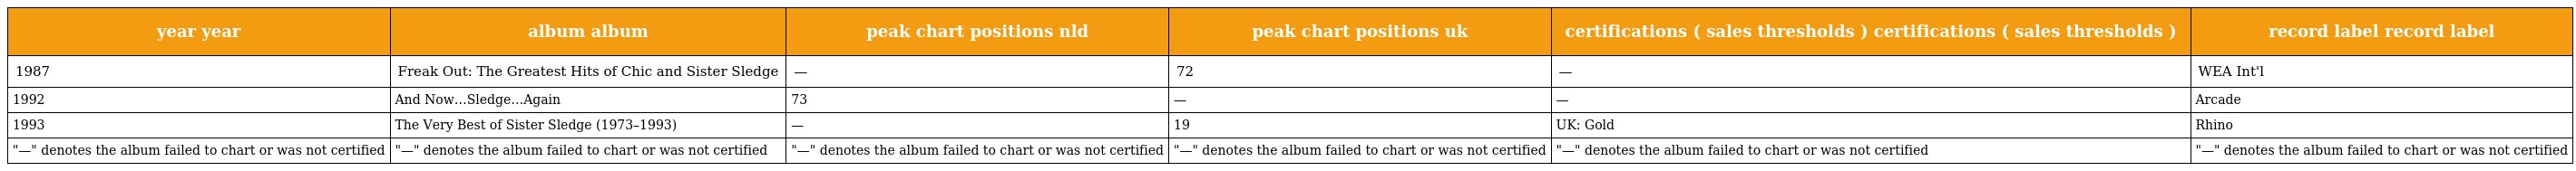
| year year | album album | peak chart positions nld | peak chart positions uk | certifications ( sales thresholds ) certifications ( sales thresholds ) | record label record label |
 | --- | --- | --- | --- | --- | --- |
 | 1987 | Freak Out: The Greatest Hits of Chic and Sister Sledge | — | 72 | — | WEA Int'l |
 | 1992 | And Now…Sledge…Again | 73 | — | — | Arcade |
 | 1993 | The Very Best of Sister Sledge (1973–1993) | — | 19 | UK: Gold | Rhino |
 | "—" denotes the album failed to chart or was not certified | "—" denotes the album failed to chart or was not certified | "—" denotes the album failed to chart or was not certified | "—" denotes the album failed to chart or was not certified | "—" denotes the album failed to chart or was not certified | "—" denotes the album failed to chart or was not certified |